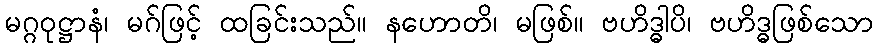
မဂ္ဂဝုဋ္ဌာနံ၊ မဂ်ဖြင့် ထခြင်းသည်။ နဟောတိ၊ မဖြစ်။ ဗဟိဒ္ဓါပိ၊ ဗဟိဒ္ဓဖြစ်သော